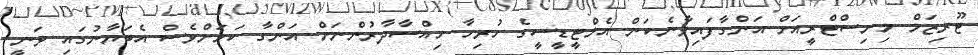
ޓޫރިޒަމް މިނިސްޓްރީއަށް އަންގާފައިވާނެކަން އެމްޓީޑީސީގެ ހުރިހާ ހިއްސާދާރުންނަށް އަންގާ ކަމަށްވެސް އެބަޔާނުގައި ވަނީ